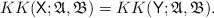
\begin{align*} KK(\mathsf X; \mathfrak A, \mathfrak B) = KK(\mathsf Y; \mathfrak A, \mathfrak B). \end{align*}